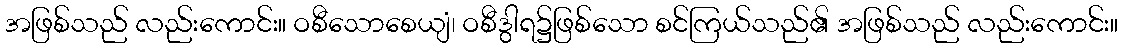
အဖြစ်သည် လည်းကောင်း။ ဝစီသောစေယျံ၊ ဝစီဒွါရ၌ဖြစ်သော စင်ကြယ်သည်၏ အဖြစ်သည် လည်းကောင်း။